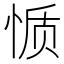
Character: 𰑬